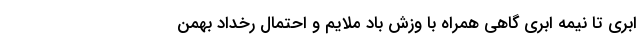
ابری تا نیمه ابری گاهی همراه با وزش باد ملایم و احتمال رخداد بهمن